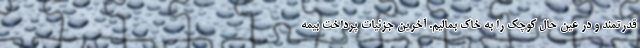
قدرتمند و در عین حال کوچک را به خاک بمالیم. آخرین جزئیات پرداخت بیمه